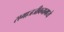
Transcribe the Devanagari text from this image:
समाजजीवनामध्ये